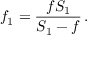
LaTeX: f _ { 1 } = { \frac { f S _ { 1 } } { S _ { 1 } - f } } \, .